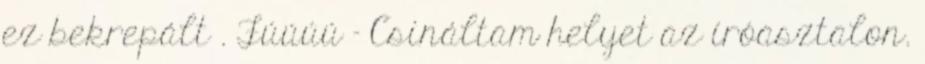
ez bekrepált . Fúúúú – Csináltam helyet az íróasztalon.